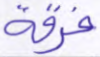
فرقة